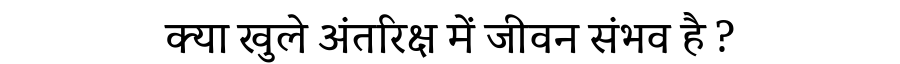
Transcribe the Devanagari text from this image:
क्या खुले अंतरिक्ष में जीवन संभव है ?